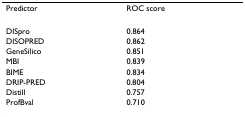
| Predictor | ROC score |
 | --- | --- |
 | DISpro | 0.864 |
 | DISOPRED | 0.862 |
 | GeneSilico | 0.851 |
 | MBI | 0.839 |
 | BIME | 0.834 |
 | DRIP-PRED | 0.804 |
 | Distill | 0.757 |
 | ProfBval | 0.710 |